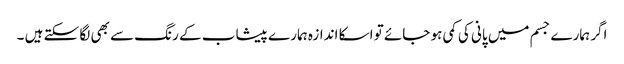
اگر ہمارے جسم میں پانی کی کمی ہو جائے تو اسکا اندازہ ہمارے پیشاب کے رنگ سے بھی لگا سکتے ہیں ۔